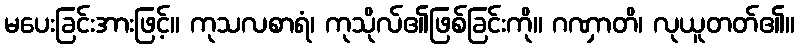
မပေးခြင်းအားဖြင့်။ ကုသလစာရံ၊ ကုသိုလ်၏ဖြစ်ခြင်းကို။ ဂဏှာတိ၊ လုယူတတ်၏။